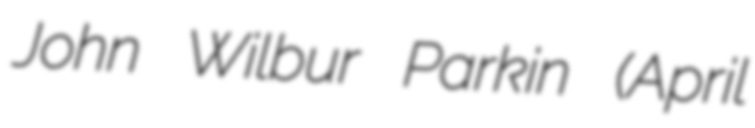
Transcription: John Wilbur Parkin (April